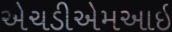
એચડીએમઆઇ